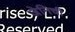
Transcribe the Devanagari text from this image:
जेनिची